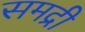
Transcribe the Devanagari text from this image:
समद्री